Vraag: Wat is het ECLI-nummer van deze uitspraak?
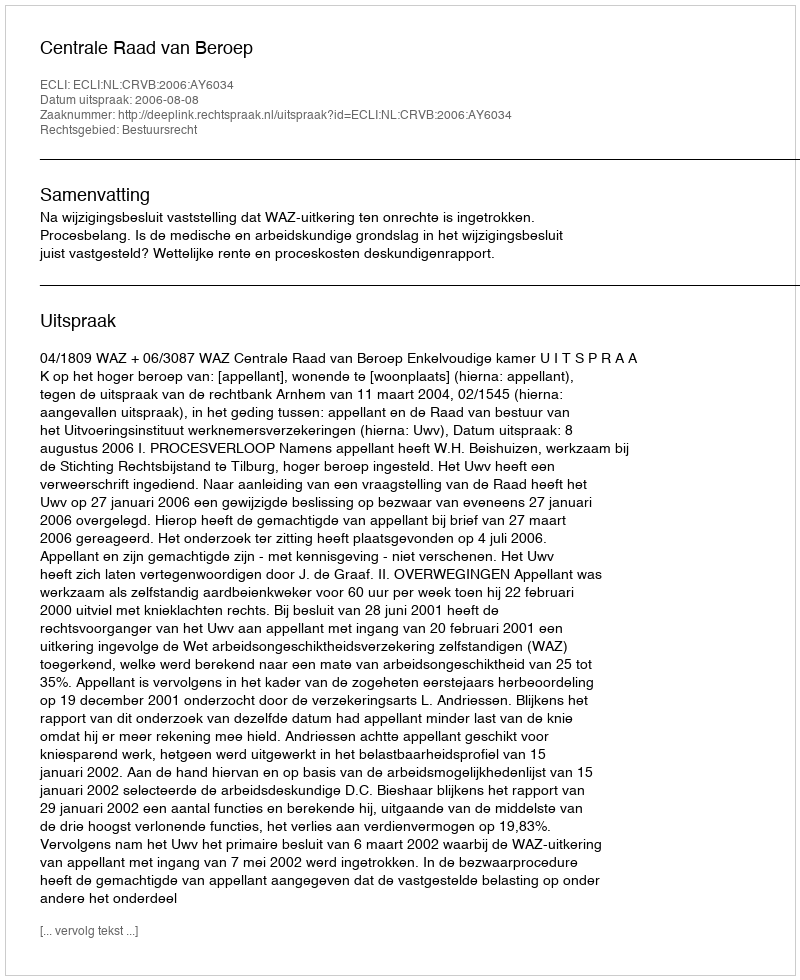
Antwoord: ECLI:NL:CRVB:2006:AY6034